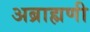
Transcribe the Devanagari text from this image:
अब्राह्मणी